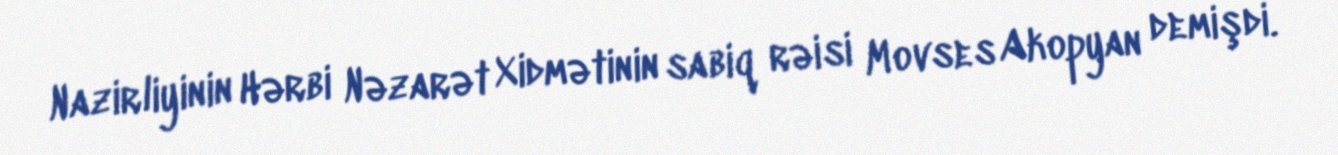
Nazirliyinin Hərbi Nəzarət Xidmətinin sabiq rəisi Movses Akopyan demişdi.